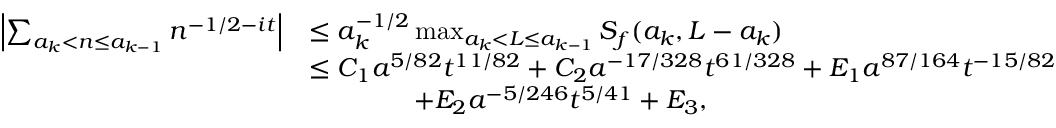
\begin{array} { r l } { \left| \sum _ { a _ { k } < n \le a _ { k - 1 } } n ^ { - 1 / 2 - i t } \right| } & { \le a _ { k } ^ { - 1 / 2 } \operatorname* { m a x } _ { a _ { k } < L \le a _ { k - 1 } } S _ { f } ( a _ { k } , L - a _ { k } ) } \\ & { \le C _ { 1 } a ^ { 5 / 8 2 } t ^ { 1 1 / 8 2 } + C _ { 2 } a ^ { - 1 7 / 3 2 8 } t ^ { 6 1 / 3 2 8 } + E _ { 1 } a ^ { 8 7 / 1 6 4 } t ^ { - 1 5 / 8 2 } } \\ & { \qquad \qquad + E _ { 2 } a ^ { - 5 / 2 4 6 } t ^ { 5 / 4 1 } + E _ { 3 } , } \end{array}